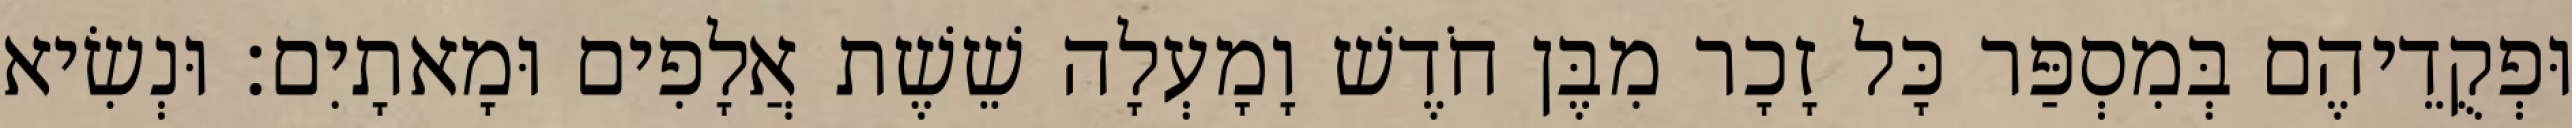
וּפְקֻדֵיהֶם בְּמִסְפַּר כָּל זָכָר מִבֶּן חֹדֶשׁ וָמָעְלָה שֵׁשֶׁת אֲלָפִים וּמָאתָיִם׃ וּנְשִׂיא